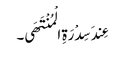
عِندَ سِدْرَةِ الْمُنْتَھَی۔